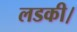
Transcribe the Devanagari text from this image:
लडकी।